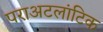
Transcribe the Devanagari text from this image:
पराअटलांटिक